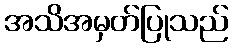
အသိအမှတ်ပြုသည်